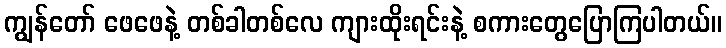
ကျွန်တော် ဖေဖေနဲ့ တစ်ခါတစ်လေ ကျားထိုးရင်းနဲ့ စကားတွေပြောကြပါတယ်။